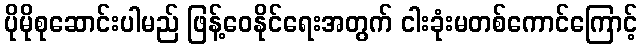
ပိုမိုစုဆောင်းပါမည် ဖြန့်ဝေနိုင်ရေးအတွက် ငါးခုံးမတစ်ကောင်ကြောင့်